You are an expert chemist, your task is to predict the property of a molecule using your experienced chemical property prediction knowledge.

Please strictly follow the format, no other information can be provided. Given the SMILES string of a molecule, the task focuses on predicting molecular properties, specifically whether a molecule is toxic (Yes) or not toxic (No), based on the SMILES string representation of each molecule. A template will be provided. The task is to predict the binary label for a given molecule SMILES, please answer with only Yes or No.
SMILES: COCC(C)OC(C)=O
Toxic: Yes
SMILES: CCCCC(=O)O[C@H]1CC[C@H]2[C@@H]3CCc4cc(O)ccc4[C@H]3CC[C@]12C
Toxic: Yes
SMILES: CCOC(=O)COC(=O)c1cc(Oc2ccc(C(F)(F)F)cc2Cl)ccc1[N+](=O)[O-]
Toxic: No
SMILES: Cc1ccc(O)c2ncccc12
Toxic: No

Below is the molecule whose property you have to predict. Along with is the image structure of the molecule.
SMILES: c1ccc(B(c2ccccc2)c2ccccc2)cc1
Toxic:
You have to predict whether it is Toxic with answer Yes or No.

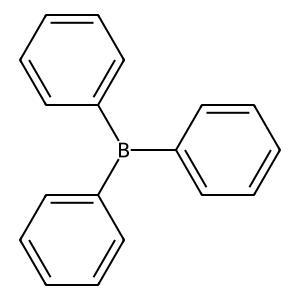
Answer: No